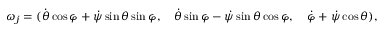
\begin{array} { r } { \omega _ { j } = ( \dot { \theta } \cos \varphi + \dot { \psi } \sin \theta \sin \varphi , \quad \dot { \theta } \sin \varphi - \dot { \psi } \sin \theta \cos \varphi , \quad \dot { \varphi } + \dot { \psi } \cos \theta ) , } \end{array}